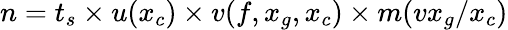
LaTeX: n=t_{s}\times u(x_{c})\times v(f,x_{g},x_{c})\times m(vx_{g}/x_{c})